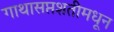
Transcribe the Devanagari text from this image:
गाथासप्तशतीमधून